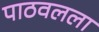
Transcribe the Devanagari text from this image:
पाठवलला